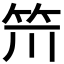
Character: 𥬂